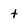
Character: t